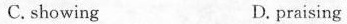
c. showing D. praising